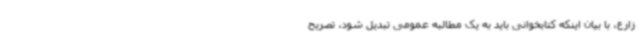
زارع، با بیان اینکه کتابخوانی باید به یک مطالبه عمومی تبدیل شود، تصریح